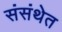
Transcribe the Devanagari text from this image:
संसंथेत